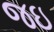
જઇ